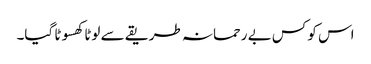
اس کو کس بے رحمانہ طریقے سے لوٹا کھسوٹا گیا۔